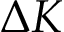
\Delta K